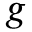
\ensuremath { \boldsymbol } { g }